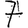
Digit: 7